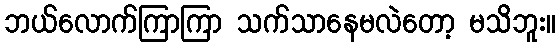
ဘယ်လောက်ကြာကြာ သက်သာနေမလဲတော့ မသိဘူး။